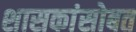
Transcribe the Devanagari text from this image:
शासकांसोबत